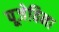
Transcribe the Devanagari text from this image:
पूजेविना